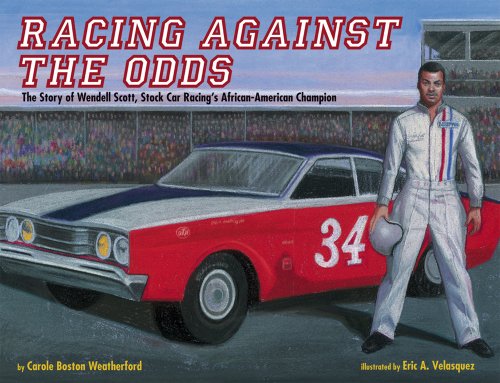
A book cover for Racing Against the Odds: The Story of Wendell Scott, Stock Car Racing's African-American Champion; Carole Boston Weatherford; Children's Books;